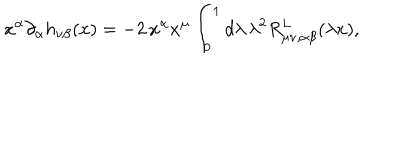
x ^ { \alpha } \partial _ { \alpha } h _ { \nu \beta } ( x ) = - 2 \, x ^ { \alpha } x ^ { \mu } \int _ { 0 } ^ { 1 } d \lambda \, \lambda ^ { 2 } R _ { \mu \nu , \alpha \beta } ^ { L } ( \lambda x ) ,